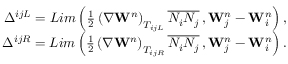
\begin{array} { r l r } & { \; } & { \Delta ^ { i j L } = L i m \left( \frac { 1 } { 2 } \left( \nabla { \mathbf { W } ^ { n } } \right) _ { T _ { i j L } } \overline { { N _ { i } N _ { j } } } \, , \mathbf { W } _ { j } ^ { n } - \mathbf { W } _ { i } ^ { n } \right) , } \\ & { \; } & { \Delta ^ { i j R } = L i m \left( \frac { 1 } { 2 } \left( \nabla { \mathbf { W } ^ { n } } \right) _ { T _ { i j R } } \overline { { N _ { i } N _ { j } } } \, , \mathbf { W } _ { j } ^ { n } - \mathbf { W } _ { i } ^ { n } \right) . } \end{array}